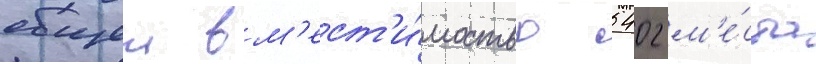
общеи вм'ест'и́мостью 5402 м'е́ста